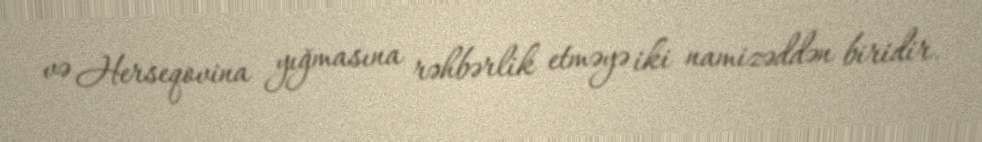
və Herseqovina yığmasına rəhbərlik etməyə iki namizəddən biridir.